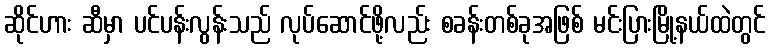
ဆိုင်ဟား ဆီမှာ ပင်ပန်းလွန်းသည် လုပ်ဆောင်ဖို့လည်း စခန်းတစ်ခုအဖြစ် မင်းပြားမြို့နယ်ထဲတွင်